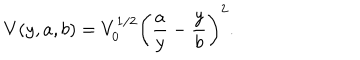
V ( y , a , b ) = V _ { 0 } ^ { 1 / 2 } \left( \frac { a } { y } - \frac { y } { b } \right) ^ { 2 } .